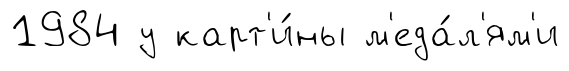
1984 у карт'и́ны м'еда́л'ям'и